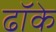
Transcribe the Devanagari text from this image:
ढॉके